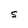
Character: S